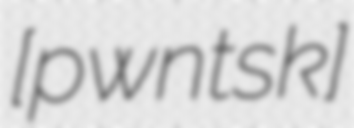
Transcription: [pɔˈwɛnt͡skɔ]